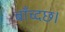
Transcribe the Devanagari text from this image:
बाँच्दछ।